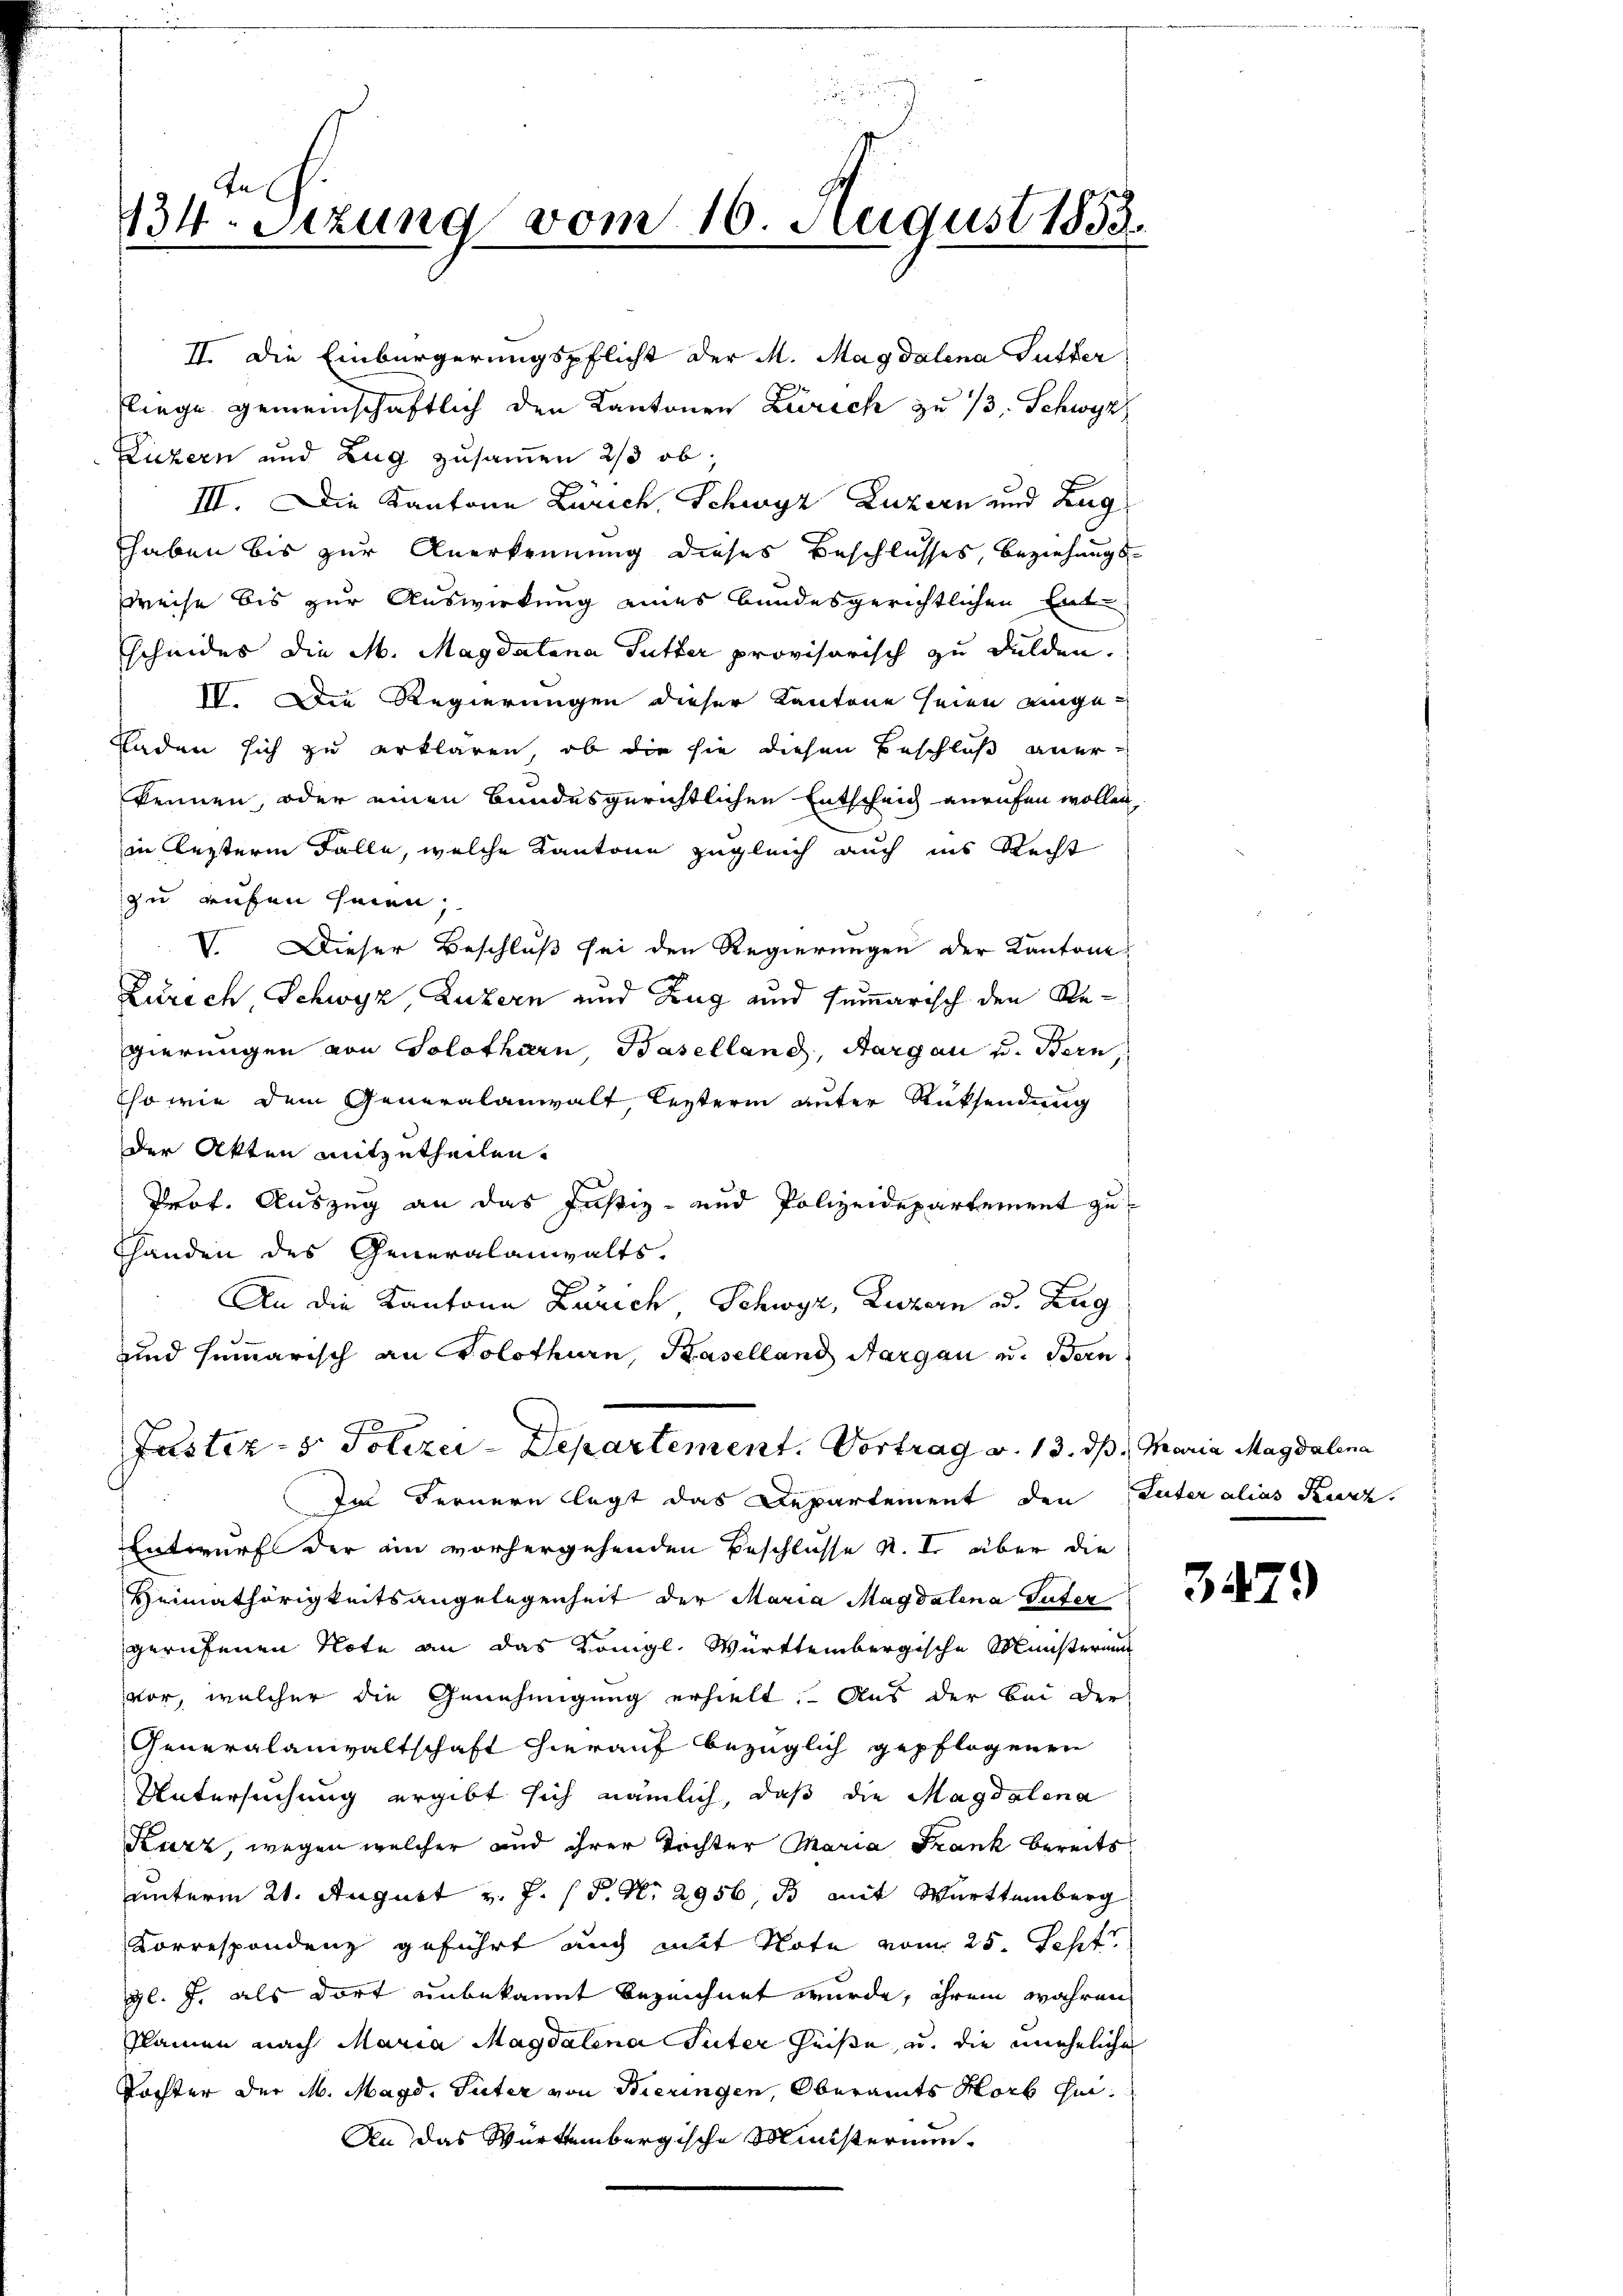
In
134. Setzung vom 16. August 1858.

scheides die M. Magdalena Tutter provisorisch zu dulden.
IV. Die Regierungen dieser Kantone seien einge¬
Faden sich zu erklären, ob die sie diesen Beschluß anerkennen, oder einen Bundesgerichtlichen Entscheid anrufen wollen,
in lezterm Falle, welche Kantone zugleich auch ins Recht
zu rufen seien,
V. Dieser Beschluß sei den Regierungen der Kantone
Zürich Schwyz, Luzern und Zug und summarisch den Re¬
Egierungen von Solothurn, Baselland, Aargau u. Bern
Eso wie dem Generalanwalt, lezterin unter Rücksendung
der Akten mitzutheilen.
Prof. Auszug an das Justiz- und Polizeidepartement zu
handen des Generalanwalts.
An die Kantone Zürich, Schwyz, Luzern od. Zug
und summarisch an Solothurn, Baselland Aargau u. Bern
Justiz- & Polizei-Departement. Vortrag v. 13. ds. Maria Magdalena
Im Fernern legt das Departement den Inter alias Rede.
Entwurf der ein vorhergehenden Beschlüsse R. I. über die
Heimathörigkeitsangelegenheit der Maria Magdalena Guter
gerufenen Note an das Königl. Württembergische Ministerium
vor, welcher die Genehmigung erhielt. Aus der bei der
Generalanwaltschaft hierauf bezüglich gepflogenen
Untersuchung ergibt sich nämlich, daß die Magdalena
Kurz, wegen welcher und ihrer Töchter Maria Frank bereits
unterm 21. August v. J. P. Nr. 2956 B mit Württemberg
Correspondenz geführt auch mit Note vom 25. Sept
gl. J. als dort unbekannt bezeichnet wurde, ihrem wahren
Plamen nach Maria Magdalena Suter heiße, u. die uneheliche
Tochter der M. Magd. Suter von Bieringen, Oberamts Horb hei¬
An das Würtembergische Ministernen¬

II. Die Einbürgerungspflicht der M. Magdalena Gutter
Liege gemeinschaftlich den Kantonen Zürich zu 13. Schwyz
Luzern und Zug zusammen 2/3 ob.
III. Die Kantone Zürich, Schwyz Luzern und Zug
haben bis zur Anerkennung dieses Beschlusses, beziehungsweise bis zur Auswirkung eines bundesgerichtlichen Ent¬

3479